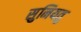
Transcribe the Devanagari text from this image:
सुनियतु